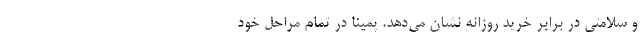
و سلامتی در برابر خرید روزانه نشان می‌دهد. پمینا در تمام مراحل خود